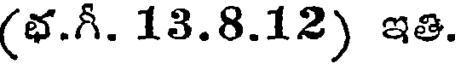
(భ.గీ. 13.8.12) ఇతి.